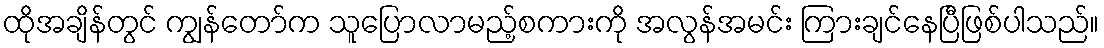
ထိုအချိန်တွင် ကျွန်တော်က သူပြောလာမည့်စကားကို အလွန်အမင်း ကြားချင်နေပြီဖြစ်ပါသည်။